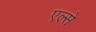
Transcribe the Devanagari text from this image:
एल्से